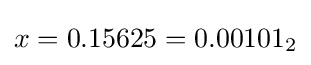
x=0.15625=0.00101_{2}